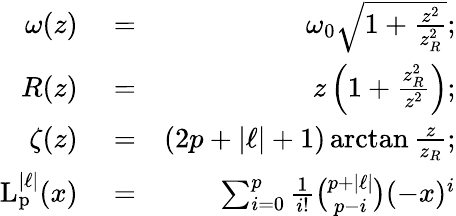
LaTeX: \begin{array}{rlr}{\omega(z)}&{{}=}&{\omega_{0}\sqrt{1+\frac{z^{2}}{z_{R}^{2}}};}\\ {R(z)}&{{}=}&{z\left(1+\frac{z_{R}^{2}}{z^{2}}\right);}\\ {\zeta(z)}&{{}=}&{(2p+\vert\ell\vert+1)\arctan\frac{z}{z_{R}};}\\ {\mathrm{L_{p}^{\vert\ell\vert}}(x)}&{{}=}&{\sum_{i=0}^{p}\frac{1}{i!}\binom{p+\vert\ell\vert}{p-i}(-x)^{i}}\end{array}